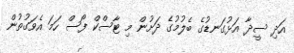
އަދި ސީދާ އަޅުގަނޑުގެ ބެލުމުގެ ދަށުން މި ޓާސްކް ފޯސް ހަމަ އެވަގުތުން